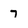
Character: 7